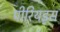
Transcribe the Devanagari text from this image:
पीरियड्स